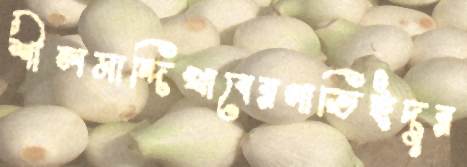
শীলমান্দিখাবেরগাভিইদুর